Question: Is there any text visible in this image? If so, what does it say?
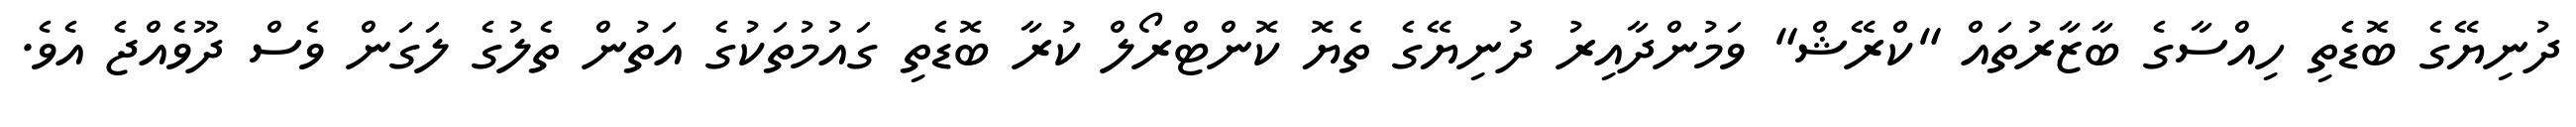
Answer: ދުނިޔޭގެ ބޮޑެތި ހިއްސާގެ ބާޒާރުތައް "ކްރޭޝް" ވަމުންދާއިރު ދުނިޔޭގެ ތެޔޮ ކޮންޓްރޯލް ކުރާ ބޮޑެތި ގައުމުތަކުގެ އަތުން ތެލުގެ ލަގަން ވެސް ދޫވެއްޖެ އެވެ.